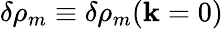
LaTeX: \delta\rho_{m}\equiv\delta\rho_{m}(\mathbf{k}=0)